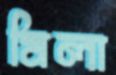
মিলা